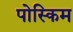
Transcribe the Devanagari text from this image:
पोस्किम